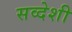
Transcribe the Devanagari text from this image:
सव्देशी